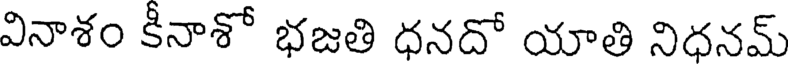
వినాశం కీనాశో భజతి ధనదో యాతి నిధనమ్